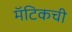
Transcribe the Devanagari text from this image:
मॅटिकची